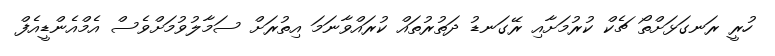
ހުރީ ރަނގަޅަށްތޯ ޗެކް ކުރުމަށާއި ރޭގަނޑު ދަތުރުތައް ކުރައްވާނަމަ އިތުރަށް ސަމާލުވުމަށްވެސް އެމްއެންޑީއެފް